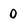
Character: 0